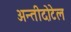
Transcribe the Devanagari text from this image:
अन्तीदोटेल